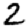
Digit: 2